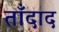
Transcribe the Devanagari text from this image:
ताँदाद